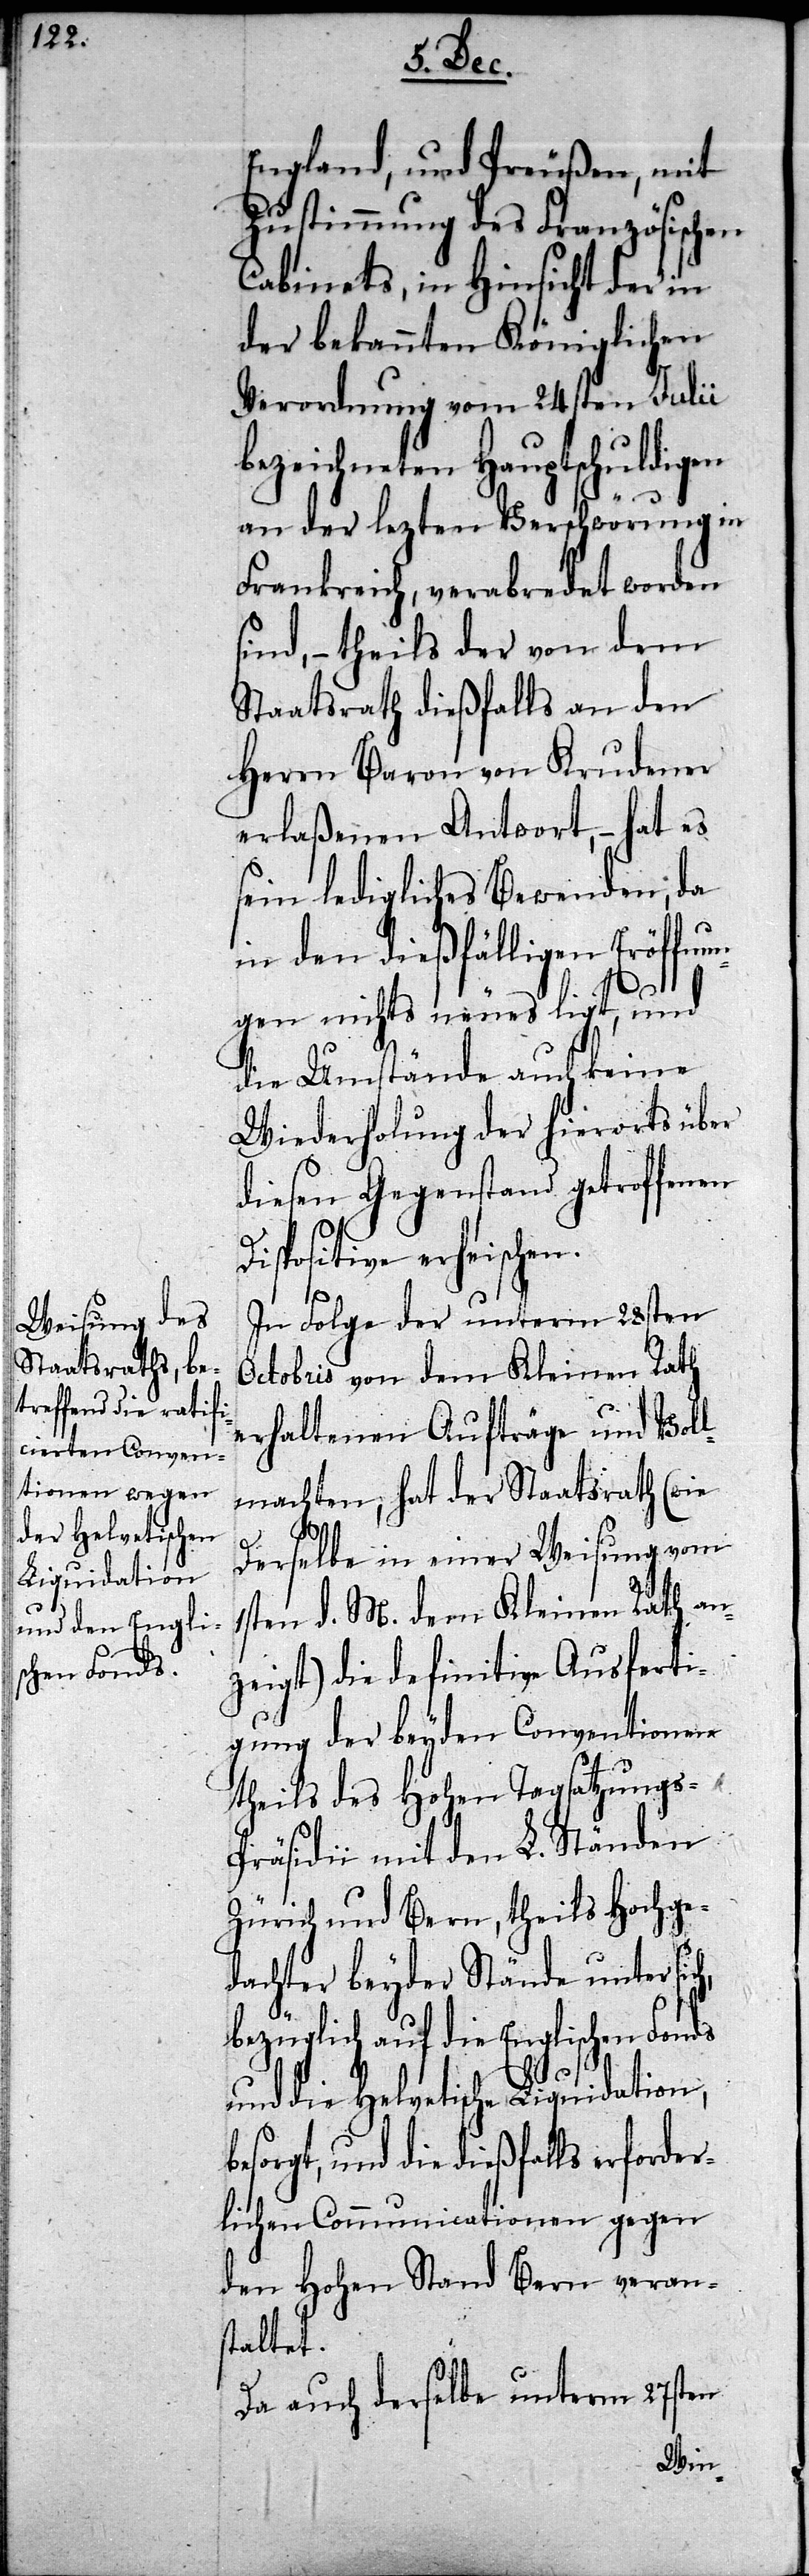
England, und Preußen, mit
Zustimmung des Französischen
Cabinets, in Hinsicht der in
der bekannten Königlichen
Verordnung vom 24sten Julii
bezeichneten Hauptschuldigen
an der lezten Verschwörung in
Frankreich, verabredet worden
sind, – theils der von dem
Staatsrath dießfalls an den
Herrn Baron von Krudener
erlaßenen Antwort, – hat es
sein ledigliches Bewenden; da
in den dießfälligen Eröffnun¬
b¬
gen nichts neues ligt, und
die Umstände auch keine
Wiederholung der hierorts über
diesen Gegenstand getroffenen
Dispositive erheischen.
In Folge der unterm 28sten
Octobris von dem Kleinen Rath
erhaltenen Aufträge und Voll¬
machten, hat der Staatsrath (wie
ch,
Derselbe in einer Weisung vom
1sten d. M. dem Kleinen Rath an¬
zeigt) die definitive Ausferti¬
gung der beyden Conventionen
theils des Hohen Tagsatzungs-P¬
räsidii mit den L. Ständen
Zürich und Bern, theils Hochge¬
dachter beyder Stände unter si¬
bezüglich auf die Englischen Fonds
und die Helvetische Liquidation,
esorgt, und die dießfalls erforde¬
rlichen Communicationen gegen
den Hohen Stand Bern veran¬
staltet.
Da auch derselbe unterm 27sten